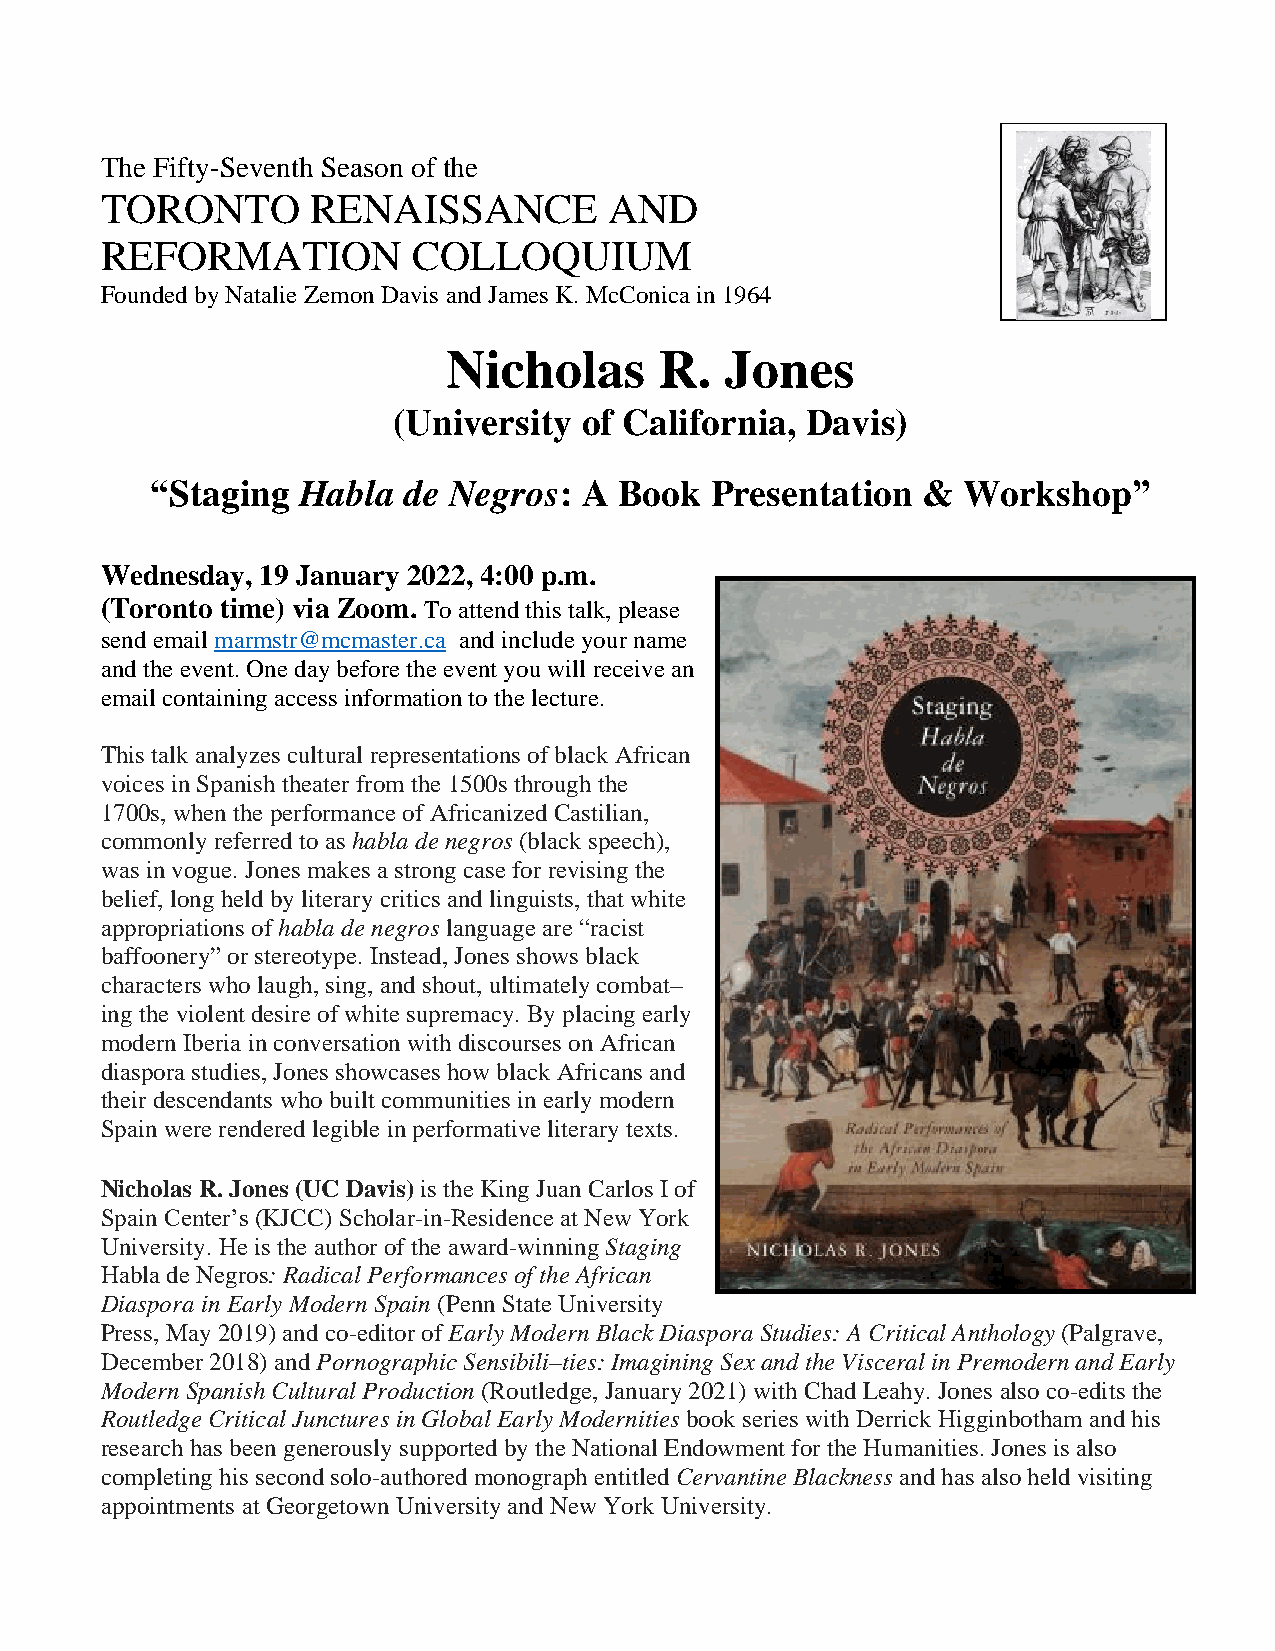
The Fifty-Seventh Season of the
 TORONTO       RENAISSANCE        AND
 REFORMATION         COLLOQUIUM
 Founded by Natalie Zemon Davis and James K. McConica in 1964
 Nicholas      R.  Jones
 (University  of California, Davis)
 “Staging  Habla  de Negros:  A Book  Presentation  &  Workshop”
 Wednesday, 19 January 2022, 4:00 p.m.
 (Toronto time) via Zoom. To attend this talk, please
 send email marmstr@mcmaster.ca and include your name
 and the event. One day before the event you will receive an
 email containing access information to the lecture.
 This talk analyzes cultural representations of black African
 voices in Spanish theater from the 1500s through the
 1700s, when the performance of Africanized Castilian,
 commonly referred to as habla de negros (black speech),
 was in vogue. Jones makes a strong case for revising the
 belief, long held by literary critics and linguists, that white
 appropriations of habla de negros language are “racist
 baffoonery” or stereotype. Instead, Jones shows black
 characters who laugh, sing, and shout, ultimately combat–
 ing the violent desire of white supremacy. By placing early
 modern Iberia in conversation with discourses on African
 diaspora studies, Jones showcases how black Africans and
 their descendants who built communities in early modern
 Spain were rendered legible in performative literary texts.
 Nicholas R. Jones (UC Davis) is the King Juan Carlos I of
 Spain Center’s (KJCC) Scholar-in-Residence at New York
 University. He is the author of the award-winning Staging
 Habla de Negros: Radical Performances of the African
 Diaspora in Early Modern Spain (Penn State University
 Press, May 2019) and co-editor of Early Modern Black Diaspora Studies: A Critical Anthology (Palgrave,
 December 2018) and Pornographic Sensibili–ties: Imagining Sex and the Visceral in Premodern and Early
 Modern Spanish Cultural Production (Routledge, January 2021) with Chad Leahy. Jones also co-edits the
 Routledge Critical Junctures in Global Early Modernities book series with Derrick Higginbotham and his
 research has been generously supported by the National Endowment for the Humanities. Jones is also
 completing his second solo-authored monograph entitled Cervantine Blackness and has also held visiting
 appointments at Georgetown University and New York University.